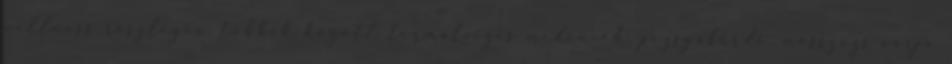
wellness részlegén többek között termálvizes medencék, pezsgőfürdő, masszázs várja